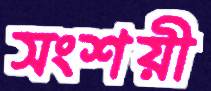
সংশয়ী